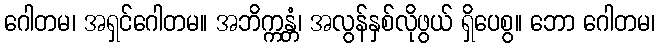
ဂေါတမ၊ အရှင်ဂေါတမ။ အဘိက္ကန္တံ၊ အလွန်နှစ်လိုဖွယ် ရှိပေစွ။ ဘော ဂေါတမ၊